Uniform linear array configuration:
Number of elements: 64
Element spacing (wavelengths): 0.75
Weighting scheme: hann
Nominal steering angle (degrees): -60
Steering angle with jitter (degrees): -60.788
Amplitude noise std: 0.05
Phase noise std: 0.05

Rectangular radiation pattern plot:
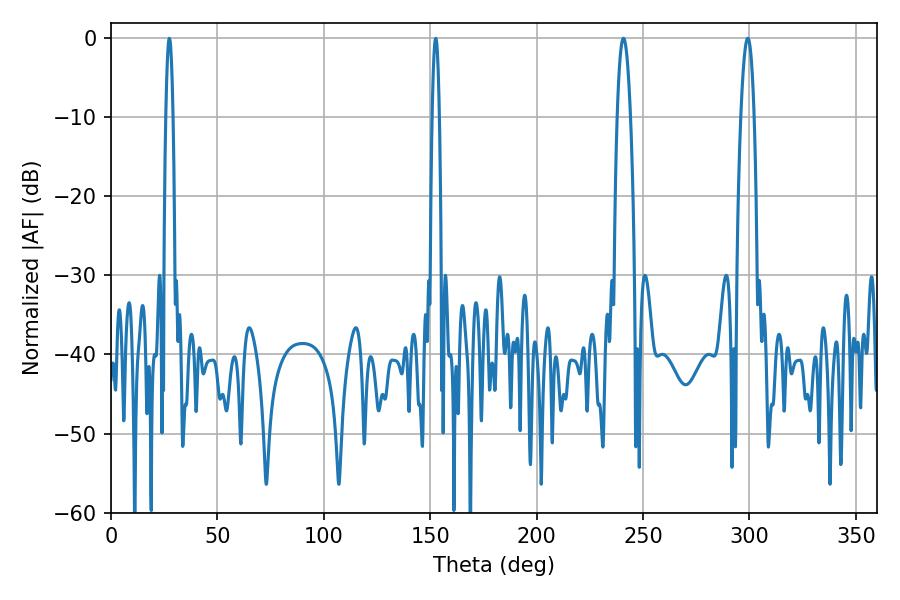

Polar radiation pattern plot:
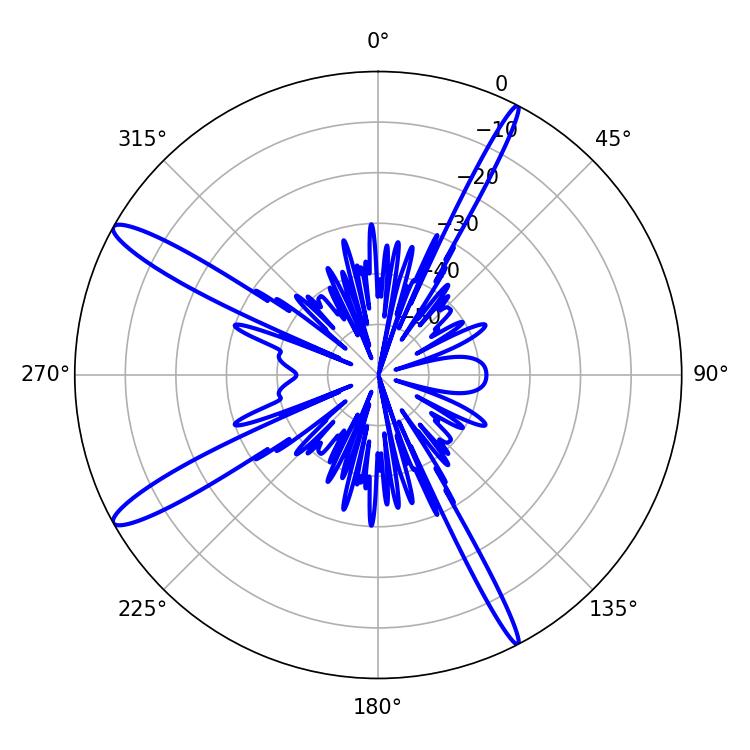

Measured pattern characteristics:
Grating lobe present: TRUE
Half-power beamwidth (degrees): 3.42
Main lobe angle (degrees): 299.16